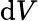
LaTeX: \mathrm{d}V